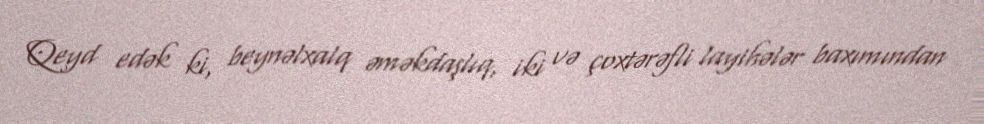
Qeyd edək ki, beynəlxalq əməkdaşlıq, iki və çoxtərəfli layihələr baxımından